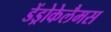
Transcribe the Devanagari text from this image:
डेंड्रोकेलैमस